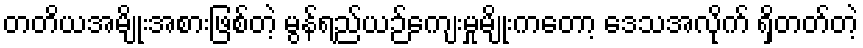
တတိယအမျိုးအစားဖြစ်တဲ့ မွန်ရည်ယဉ်ကျေးမှုမျိုးကတော့ ဒေသအလိုက် ရှိတတ်တဲ့